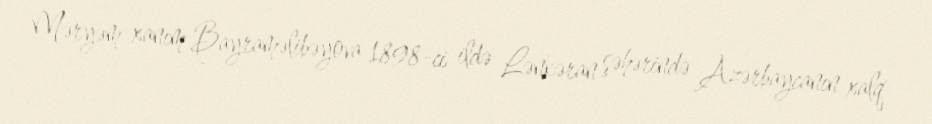
Məryəm xanım Bayraməlibəyova 1898-ci ildə Lənkəran şəhərində Azərbaycanın xalq